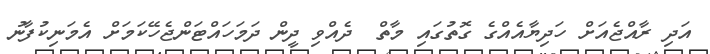
އަދި ރާއްޖެއަށް ހަދިޔާއެއްގެ ގޮތުގައި މާތް  ދެއްވި ދީން ދަމަހައްޓަންޖެހޭކަމަށް އެމަނިކުފާނު